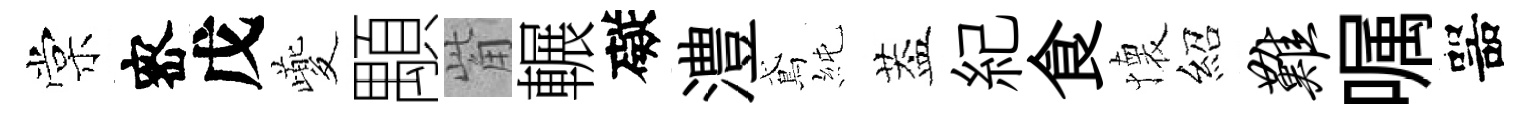
棠宻戊夔顒觜輾礙澧鳶純葢紀食懐紹难嘱噐